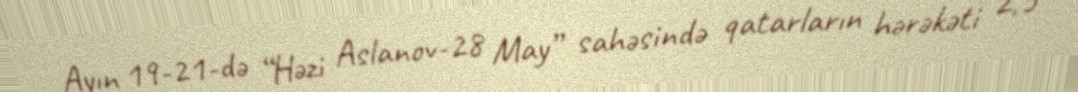
Ayın 19-21-də “Həzi Aslanov-28 May” sahəsində qatarların hərəkəti 2,5